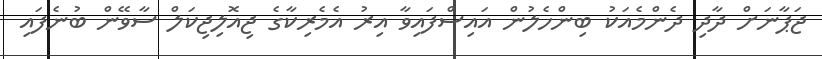
ޖަޕާނަށް ދާދި ދެންމެއަކު ބިންހެލުން އައިސްފައިވާ އިރު އެމެރިކާގެ ޖިއޮލިޖިކަލް ސާވޭން ބުނެފައި